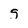
Character: g